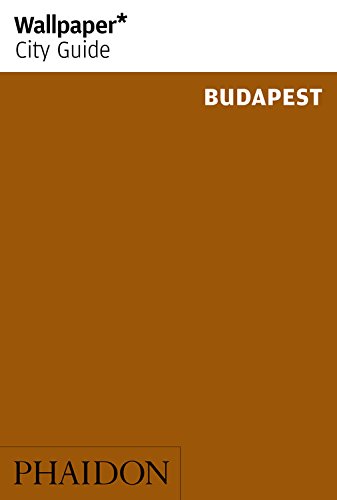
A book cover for Wallpaper* City Guide Budapest 2014; Wallpaper*; Travel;